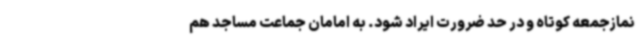
نمازجمعه کوتاه و در حد ضرورت ‌ایراد شود. به امامان جماعت مساجد هم